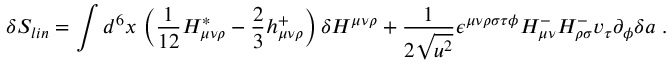
\delta S _ { l i n } = \int d ^ { 6 } x \, \left( \frac 1 { 1 2 } H _ { \mu \nu \rho } ^ { * } - \frac 2 3 h _ { \mu \nu \rho } ^ { + } \right) \delta H ^ { \mu \nu \rho } + \frac 1 { 2 \sqrt { u ^ { 2 } } } \epsilon ^ { \mu \nu \rho \sigma \tau \phi } H _ { \mu \nu } ^ { - } H _ { \rho \sigma } ^ { - } v _ { \tau } \partial _ { \phi } \delta a \ .